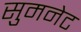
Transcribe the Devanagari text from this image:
सुमनेट